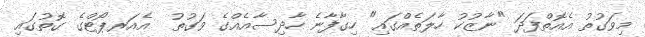
މިވަގުތު އެއޮތްފަދަ "ނާޒުކު ހާލަތެއްގައި" ހިގާފާނެ ހާދިސާއެއްގެ ވަގުތު  އެއަރޕޯޓްގެ ގޮތުގައި